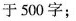
于500字；